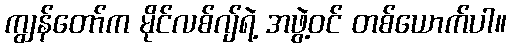
ကျွန်တော်က မိုင်လစ်ဂျ်ရဲ့ အဖွဲ့ဝင် တစ်ယောက်ပါ။